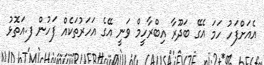
އެއަށްފަހު ހަމަ އެގޭ ބަދޫރާ އިބްރާހީމް ވަނީ އޭގެ އަހަރުތަކެއް ފަހުން ފ.އަތޮޅު